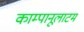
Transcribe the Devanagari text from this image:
काम्पानूलाटम